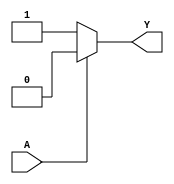
module cmos_not_gate (
    input wire A,
    output reg Y
);

// NMOS transistor
assign nmos_on = ~A;
// PMOS transistor
assign pmos_on = A;

always @ (A)
begin
    if (A)
        Y <= 0;
    else
        Y <= 1;
end

endmodule